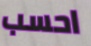
احسب